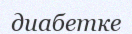
диабетке